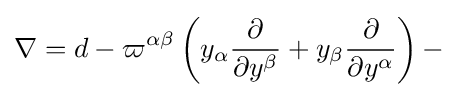
\nabla =d-\varpi ^{\alpha \beta }\left(y_{\alpha }{\frac {\partial }{\partial y^{\beta }}}+y_{\beta }{\frac {\partial }{\partial y^{\alpha }}}\right)-